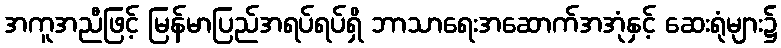
အကူအညီဖြင့် မြန်မာပြည်အရပ်ရပ်ရှိ ဘာသာရေးအဆောက်အအုံနှင့် ဆေးရုံများ၌